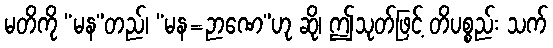
မတိကို “မန”တည်၊ “မန=ဉာဏေ”ဟု ဆို၊ ဤသုတ်ဖြင့် တိပစ္စည်း သက်